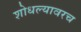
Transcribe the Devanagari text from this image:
शोधल्यावरच